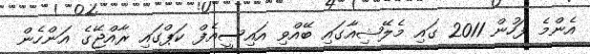
އެންމެ ފަހުން 2011 ގައި މެލޭޝިއާގައި ބޭއްވި އައިސީއެފް ކަޕްގައި ރާއްޖޭގެ އަންހެން